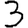
Digit: 3